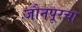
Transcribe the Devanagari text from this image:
जौनपूरचा